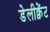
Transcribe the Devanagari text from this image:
डेलीक्वेंट